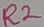
Text: R2